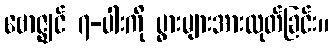
ဗောဇ္ဈင် ၇-ပါးကို ပွားများအားထုတ်ခြင်း။